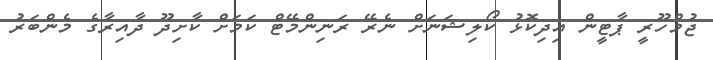
ޖުމްހޫރީ ޕާޓީން އިދިކޮޅު ކޯލިޝަނަށް ނެރޭ ރަނިންމޭޓް ކަމަށް ކާށިދޫ ދާއިރާގެ މެންބަރު